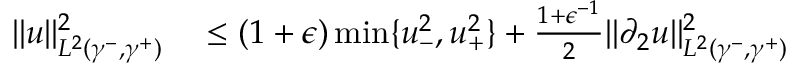
\begin{array} { r l } { \| u \| _ { L ^ { 2 } ( \gamma ^ { - } , \gamma ^ { + } ) } ^ { 2 } } & { { } \leq ( 1 + \epsilon ) \operatorname* { m i n } \lbrace u _ { - } ^ { 2 } , u _ { + } ^ { 2 } \rbrace + \frac { 1 + \epsilon ^ { - 1 } } { 2 } \| \partial _ { 2 } u \| _ { L ^ { 2 } ( \gamma ^ { - } , \gamma ^ { + } ) } ^ { 2 } } \end{array}